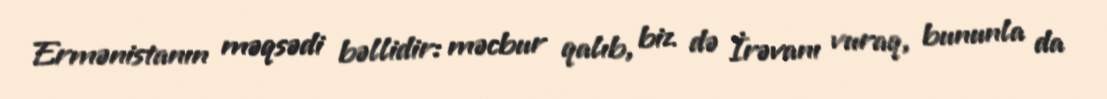
Ermənistanın məqsədi bəllidir: məcbur qalıb, biz də İrəvanı vuraq, bununla da